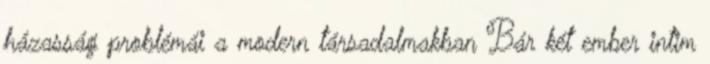
házasság problémái a modern társadalmakban Bár két ember intim